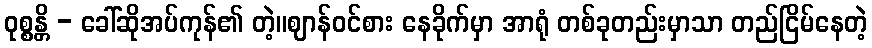
ဝုစ္စန္တိ - ခေါ်ဆိုအပ်ကုန်၏ တဲ့။ဈာန်ဝင်စား နေခိုက်မှာ အာရုံ တစ်ခုတည်းမှာသာ တည်ငြိမ်နေတဲ့